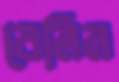
বেলিন